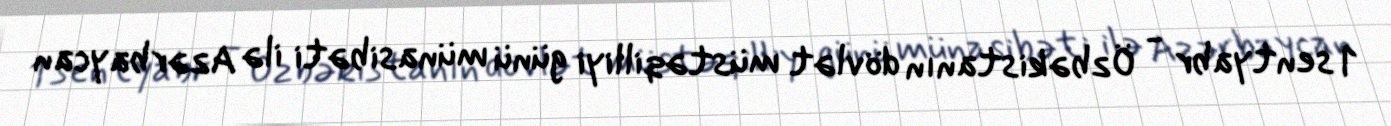
1 sentyabr - Özbəkistanın dövlət müstəqilliyi günü münasibəti ilə Azərbaycan